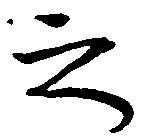
之